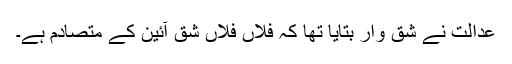
عدالت نے شق وار بتایا تھا کہ فلاں فلاں شق آئین کے متصادم ہے۔